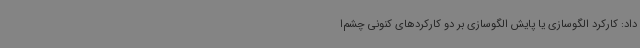
داد: کارکرد الگوسازی یا پایش الگوسازی بر دو کارکردهای کنونی چشم‌ا